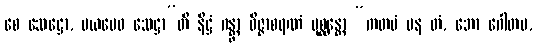
စေ သေဋ္ဌော, မယမေဝ သေဋ္ဌာ”တိ နိဋ္ဌံ ဂန္တွာ ဝိဇ္ဇာစရဏံ ပုစ္ဆန္တော “ကတမံ ပန တံ, ဘော ဂေါတမ,